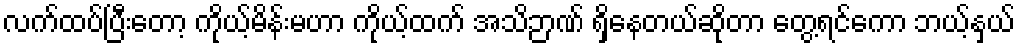
လက်ထပ်ပြီးတော့ ကိုယ့်မိန်းမဟာ ကိုယ့်ထက် အသိဉာဏ် ရှိနေတယ်ဆိုတာ တွေ့ရင်ကော ဘယ့်နှယ်